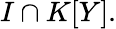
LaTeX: I\cap K[Y].